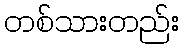
တစ်သားတည်း